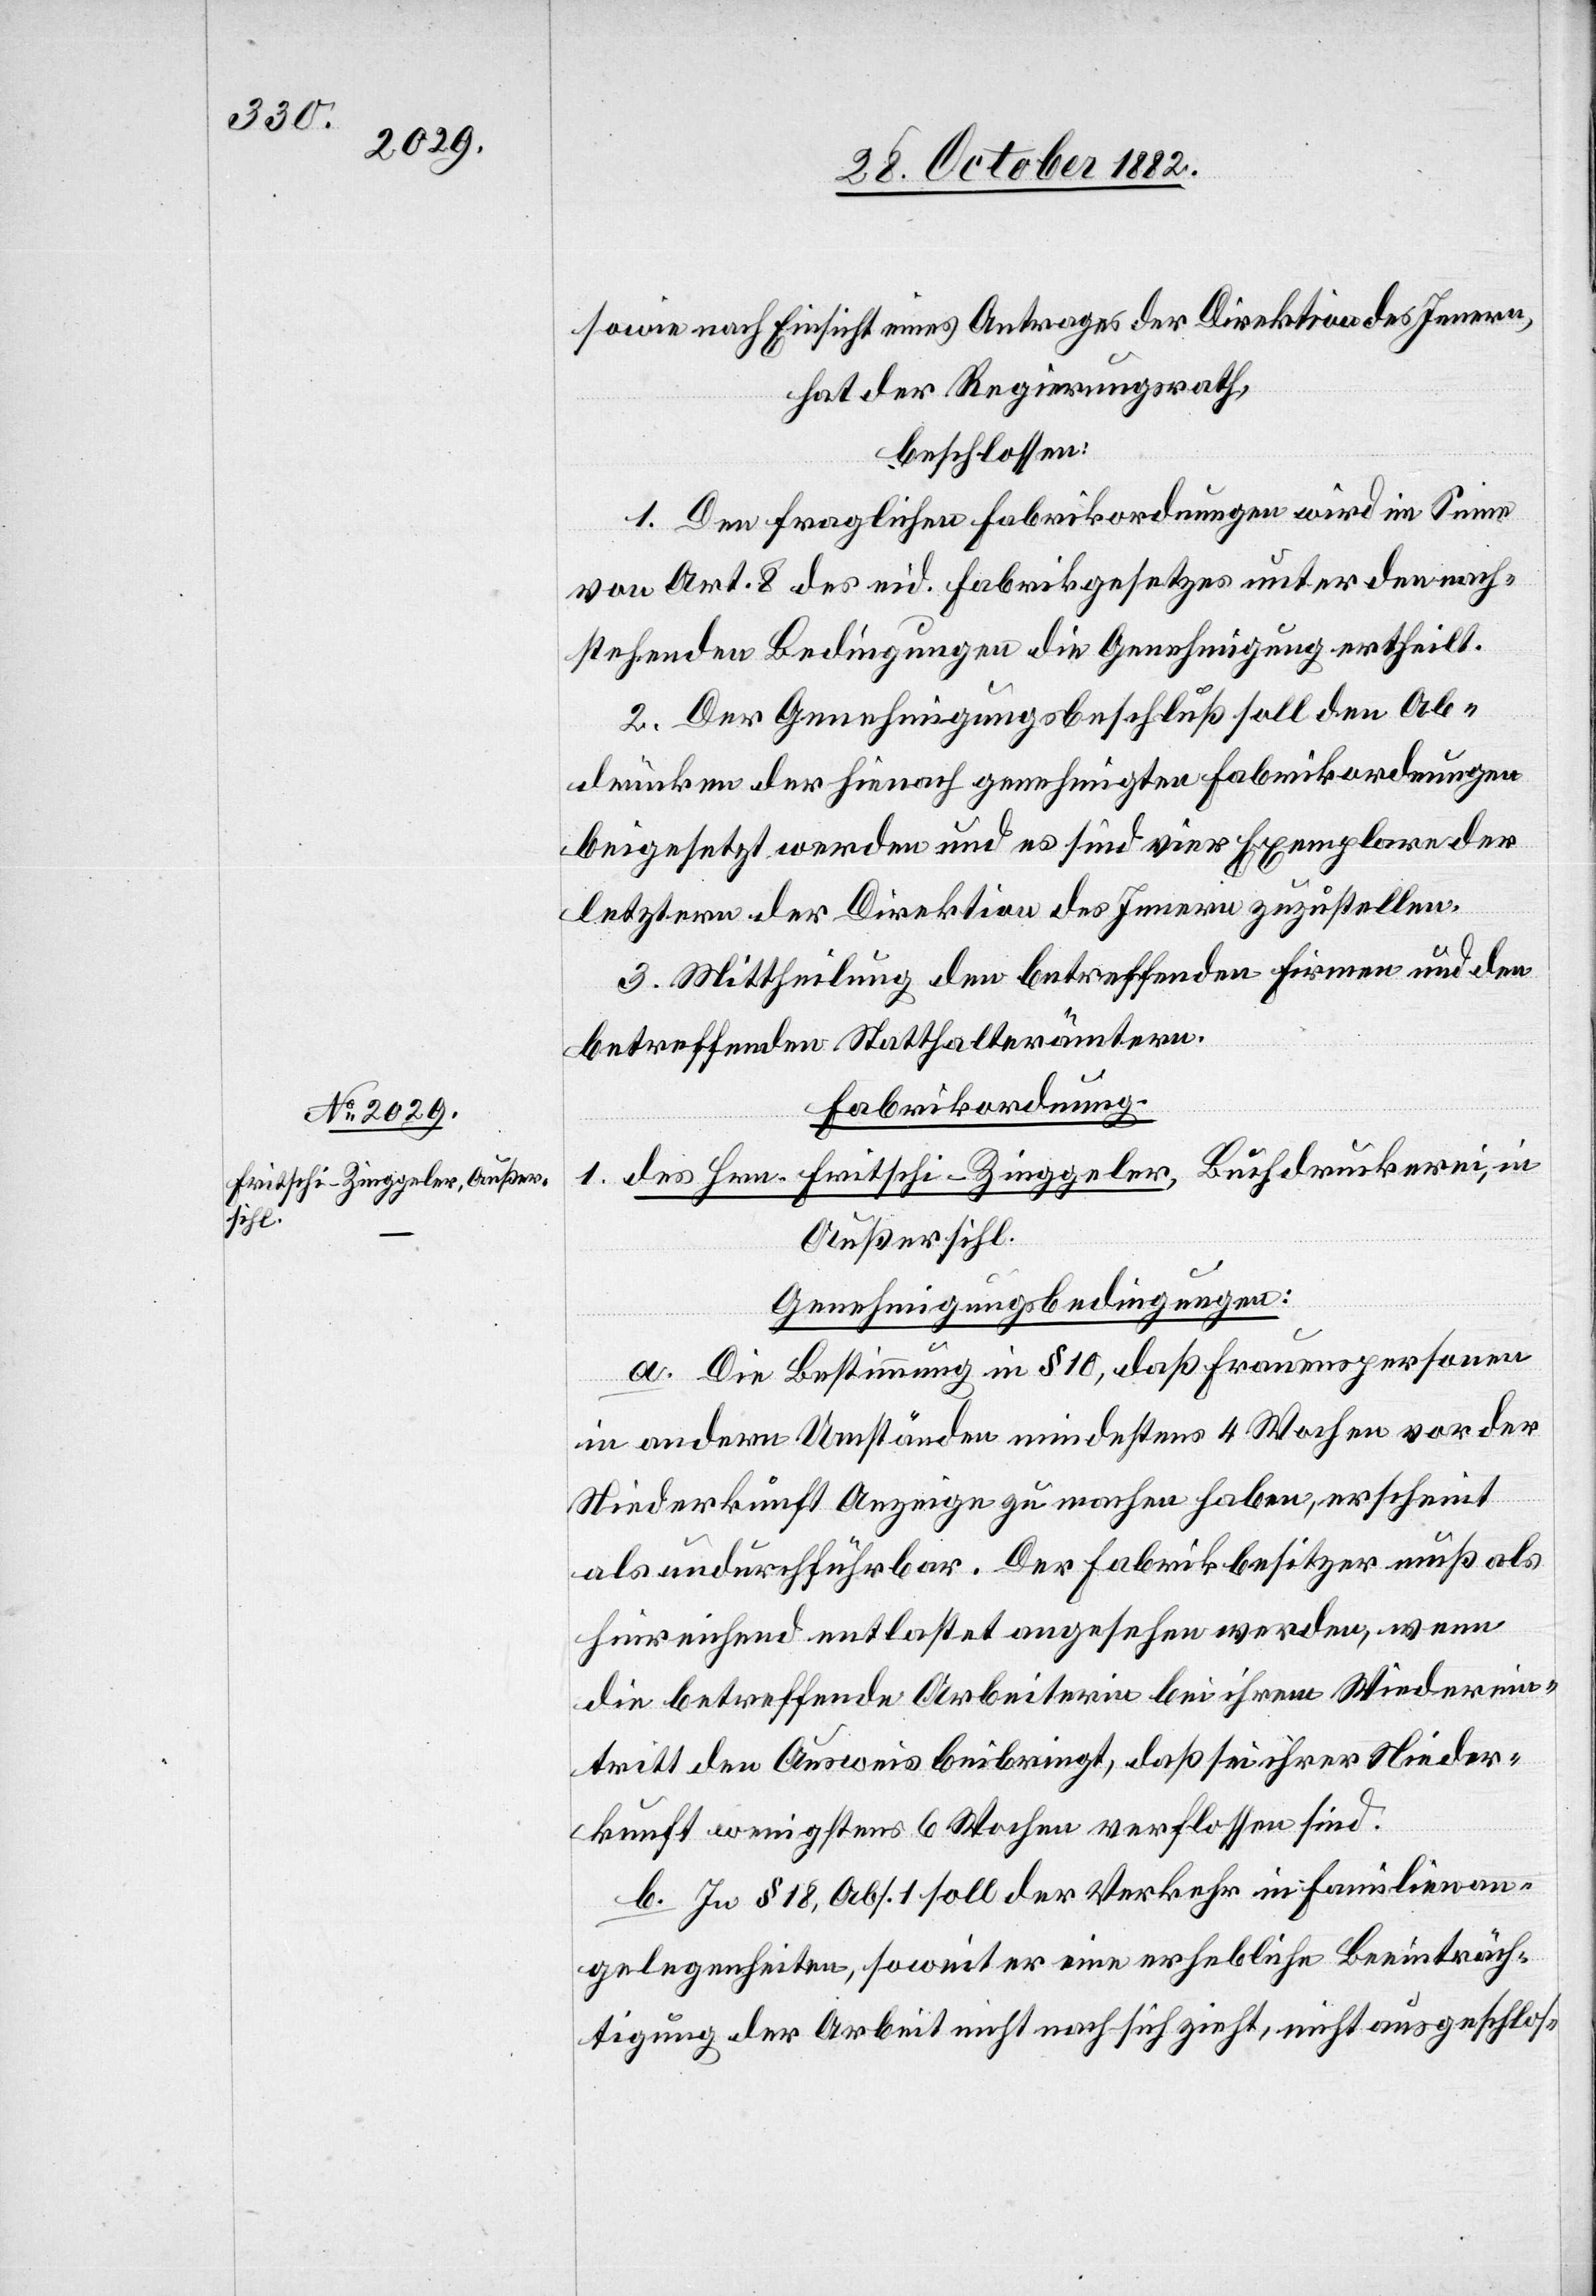
sowie nach Einsicht eines Antrages der Direktion des Innern,
hat der Regierungsrath,
beschlossen:
1. Den fraglichen Fabrikordnungen wird im Sinne
von Art. 8 des eid. Fabrikgesetzes unter den nach¬
stehenden Bedingungen die Genehmigung ertheilt.
2. Der Genehmigungsbeschluß soll den Ab¬
drücken der hienach genehmigten Fabrikordnungen
beigesetzt werden und es sind vier Exemplare der
letztern der Direktion des Innern zuzustellen.
3. Mittheilung den betreffenden Firmen und den
betreffenden Statthalterämtern.
Fabrikordnung.
des Hrn. Fritschi-Zinggeler, Buchdruckerei, in
1.
Außersihl.
Genehmigungsbedingungen:
a. Die Bestimmung in § 10, daß Frauenspersonen
in andern Umständen mindestens 4 Wochen vor der
Niederkunft Anzeige zu machen haben, erscheint
als undurchführbar. Der Fabrikbesitzer muß als
hinreichend entlastet angesehen werden, wenn
die betreffende Arbeiterin bei ihrem Wiederein¬
tritt den Ausweis beibringt, daß sei[t] ihrer Nieder¬
kunft wenigstens 6 Wochen verflossen sind.
b. In § 18, Abs. 1 soll der Verkehr in Familienan¬
gelegenheiten, soweit er eine erhebliche Beeinträch¬
tigung für die Arbeit nicht nach sich zieht, nicht ausgeschlos-